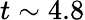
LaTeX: t\sim 4.8